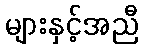
များနှင့်အညီ